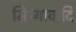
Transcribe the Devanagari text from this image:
मिथ्यावादि